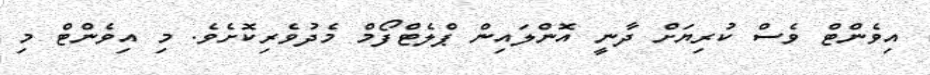
އިވެންޓް ވެސް ކުރިޔަށް ދާނީ އޮންލައިން ޕްލެޓްފޯމް މެދުވެރިކޮށެވެ. މި އިވެންޓް މި